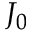
J _ { 0 }